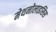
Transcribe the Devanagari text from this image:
मेथनोलाइसिस